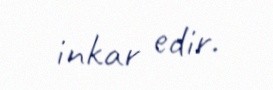
inkar edir.